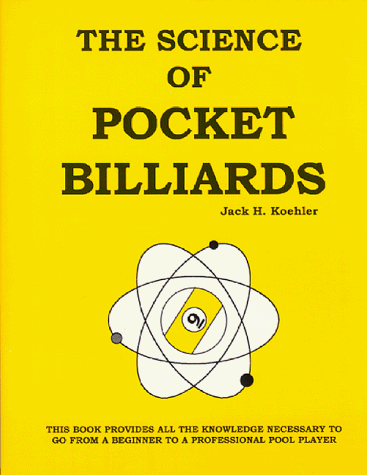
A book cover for The Science of Pocket Billiards; Jack H. Koehler; Sports & Outdoors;